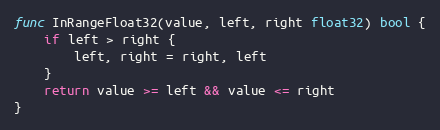
Language: Go
func InRangeFloat32(value, left, right float32) bool {
	if left > right {
		left, right = right, left
	}
	return value >= left && value <= right
}